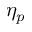
\eta _ { p }